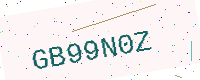
Text: GB99N0Z